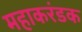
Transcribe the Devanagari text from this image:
महाकरंडक